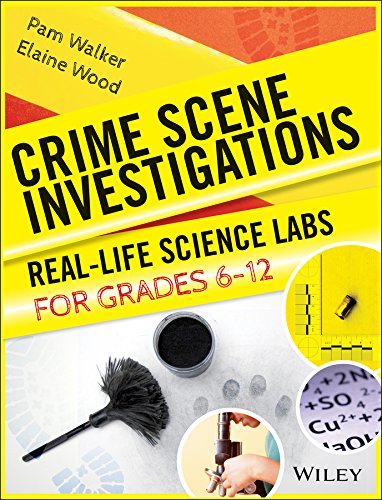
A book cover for Crime Scene Investigations: Real-Life Science Labs For Grades 6-12; Pam Walker; Science & Math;